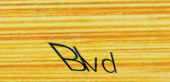
Blvd